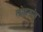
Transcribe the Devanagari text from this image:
लोहगांव